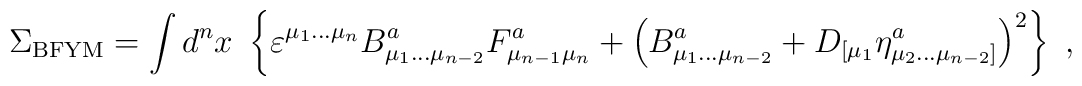
\Sigma _{{\rm BFYM}}=\int d^nx\,\,\left\{ \varepsilon ^{\mu _1\ldots \mu_n}B_{\mu _1\ldots \mu _{n-2}}^aF_{\mu _{n-1}\mu _n}^a+\left( B_{\mu_1\ldots \mu _{n-2}}^a+D_{[\mu _1}\eta _{\mu _2\ldots \mu _{n-2}]}^a\right)^2\right\} \,\,,